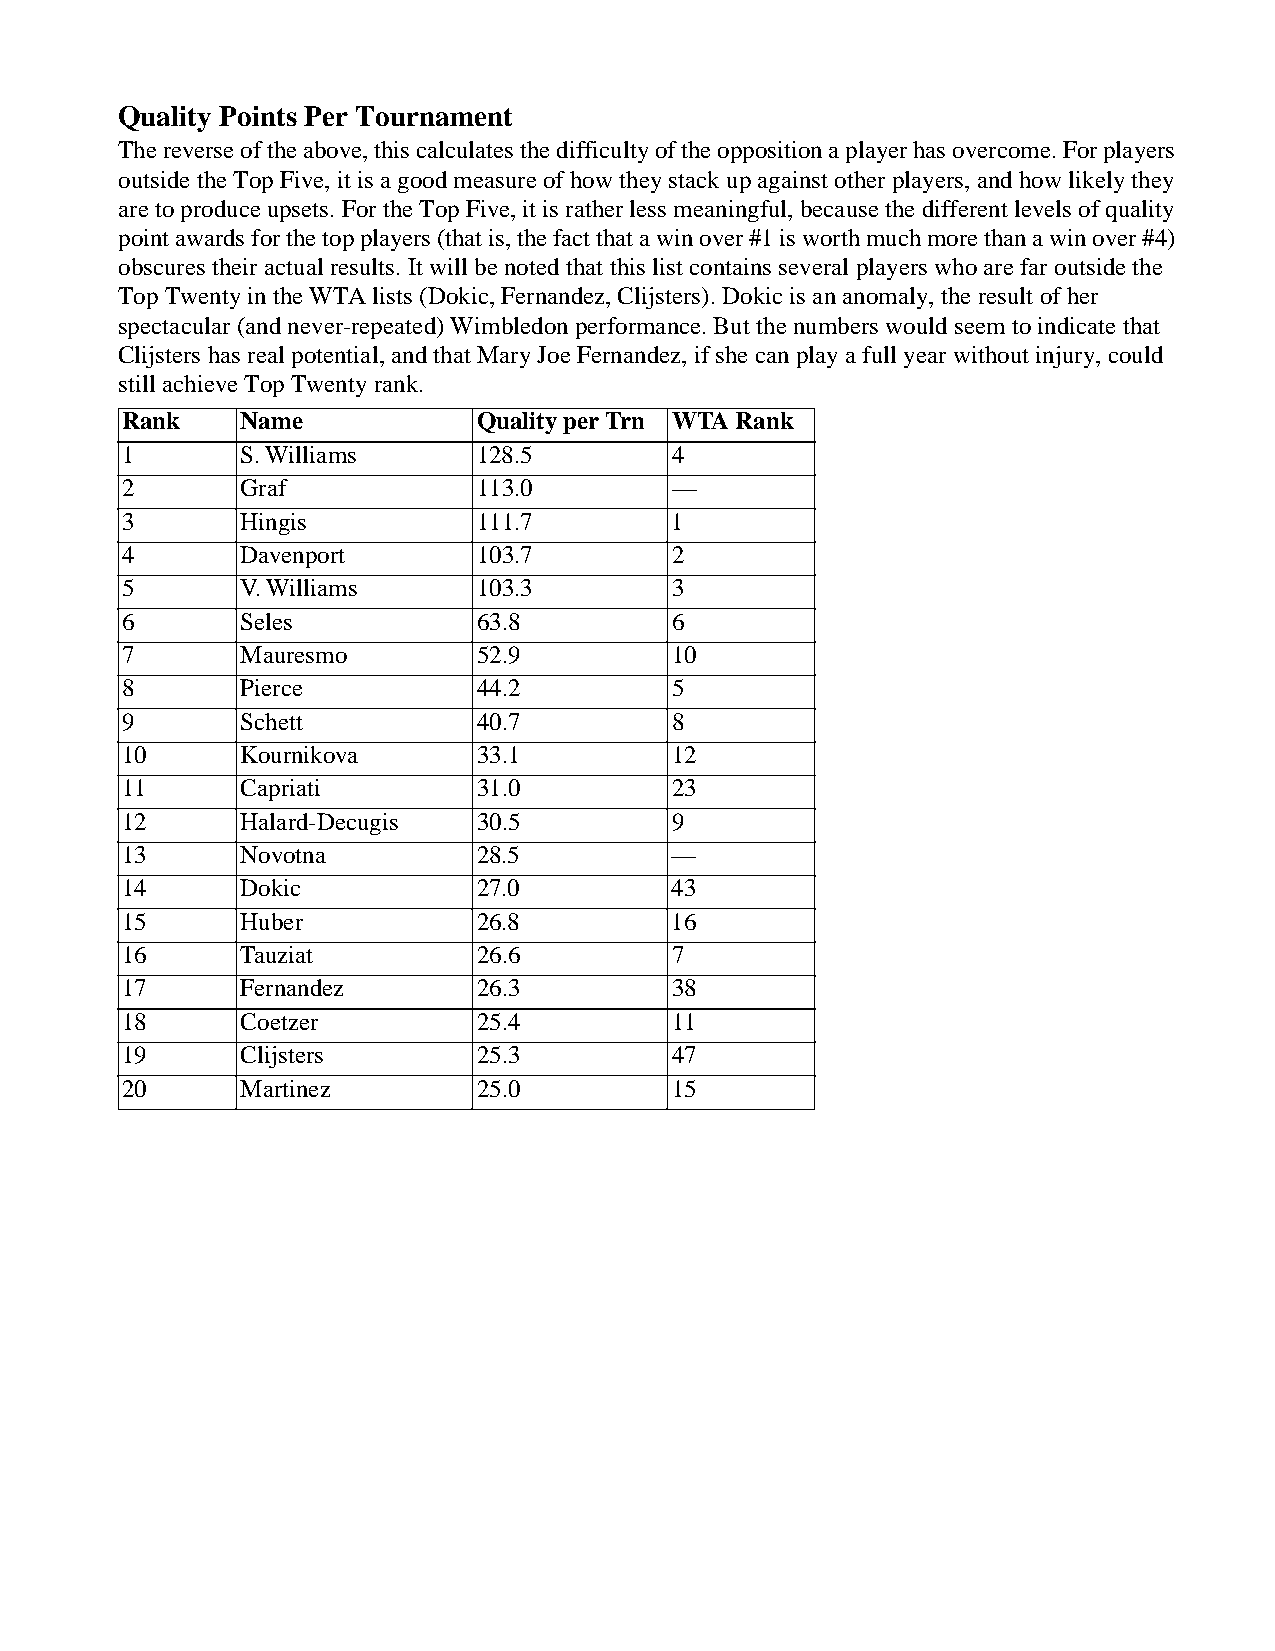
Quality Points Per Tournament
 The reverse of the above, this calculates the difficulty of the opposition a player has overcome. For players
 outside the Top Five, it is a good measure of how they stack up against other players, and how likely they
 are to produce upsets. For the Top Five, it is rather less meaningful, because the different levels of quality
 point awards for the top players (that is, the fact that a win over #1 is worth much more than a win over #4)
 obscures their actual results. It will be noted that this list contains several players who are far outside the
 Top Twenty in the WTA lists (Dokic, Fernandez, Clijsters). Dokic is an anomaly, the result of her
 spectacular (and never-repeated) Wimbledon performance. But the numbers would seem to indicate that
 Clijsters has real potential, and that Mary Joe Fernandez, if she can play a full year without injury, could
 still achieve Top Twenty rank.
 Rank   Name            Quality per Trn WTA Rank
 1      S. Williams     128.5        4
 2      Graf            113.0        —
 3      Hingis          111.7        1
 4      Davenport       103.7        2
 5      V. Williams     103.3        3
 6      Seles           63.8         6
 7      Mauresmo        52.9         10
 8      Pierce          44.2         5
 9      Schett          40.7         8
 10     Kournikova      33.1         12
 11     Capriati        31.0         23
 12     Halard-Decugis  30.5         9
 13     Novotna         28.5         —
 14     Dokic           27.0         43
 15     Huber           26.8         16
 16     Tauziat         26.6         7
 17     Fernandez       26.3         38
 18     Coetzer         25.4         11
 19     Clijsters       25.3         47
 20     Martinez        25.0         15